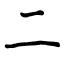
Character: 二